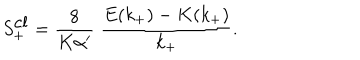
LaTeX: S _ { + } ^ { \mathrm { c l } } = \frac { 8 } { K \alpha ^ { \prime } } \; \frac { E ( k _ { + } ) - K ( k _ { + } ) } { k _ { + } } .